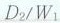
\frac { D _ { 2 } } { W _ { 1 } }